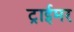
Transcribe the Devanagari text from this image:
ट्राईमर